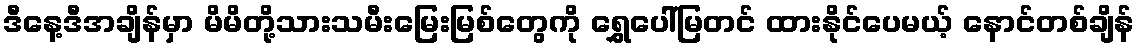
ဒီနေ့ဒီအချိန်မှာ မိမိတို့သားသမီးမြေးမြစ်တွေကို ရွှေပေါ်မြတင် ထားနိုင်ပေမယ့် နောင်တစ်ချိန်